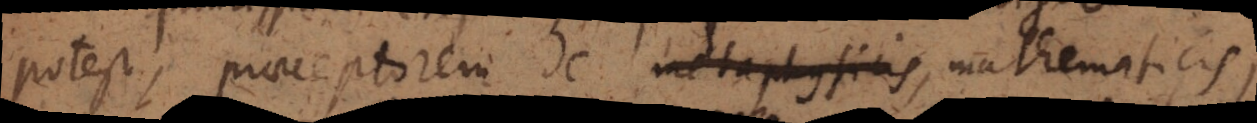
potest, praeceptorem de metaphysicis, mathematicis,